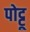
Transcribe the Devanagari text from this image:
पोट्टू